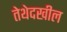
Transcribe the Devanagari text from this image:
तेथेदखील